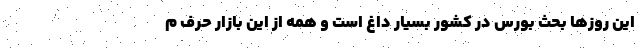
این روزها بحث بورس در کشور بسیار داغ است و همه از این بازار حرف م